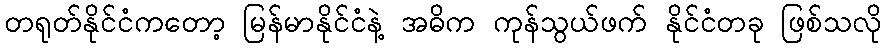
တရုတ်နိုင်ငံကတော့ မြန်မာနိုင်ငံနဲ့ အဓိက ကုန်သွယ်ဖက် နိုင်ငံတခု ဖြစ်သလို